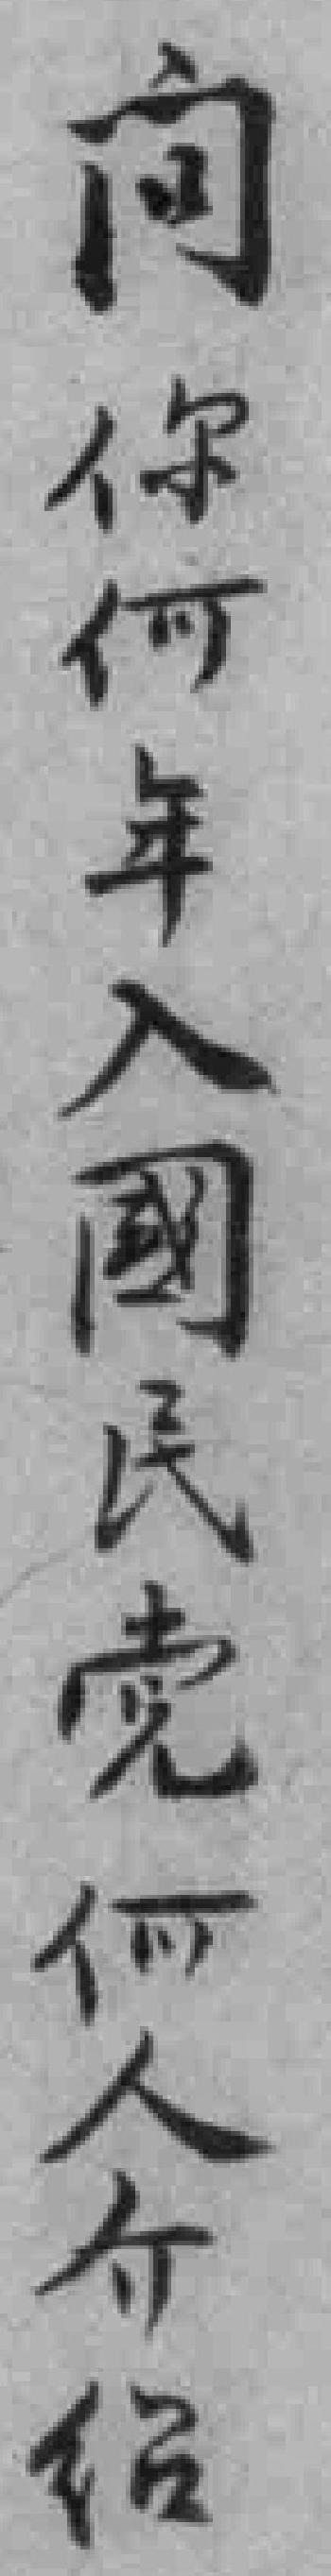
问你何年入國民党何人介绍